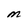
Character: M